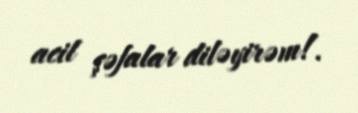
acil şəfalar diləyirəm!.